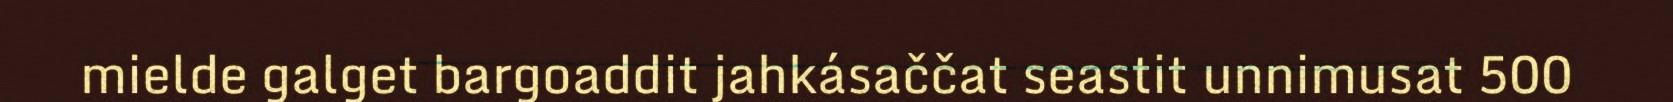
mielde galget bargoaddit jahkásaččat seastit unnimusat 500